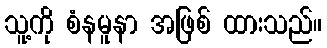
သူ့ကို စံနမူနာ အဖြစ် ထားသည်။